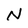
Character: N